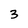
Character: 3